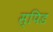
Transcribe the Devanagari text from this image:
स्पिड